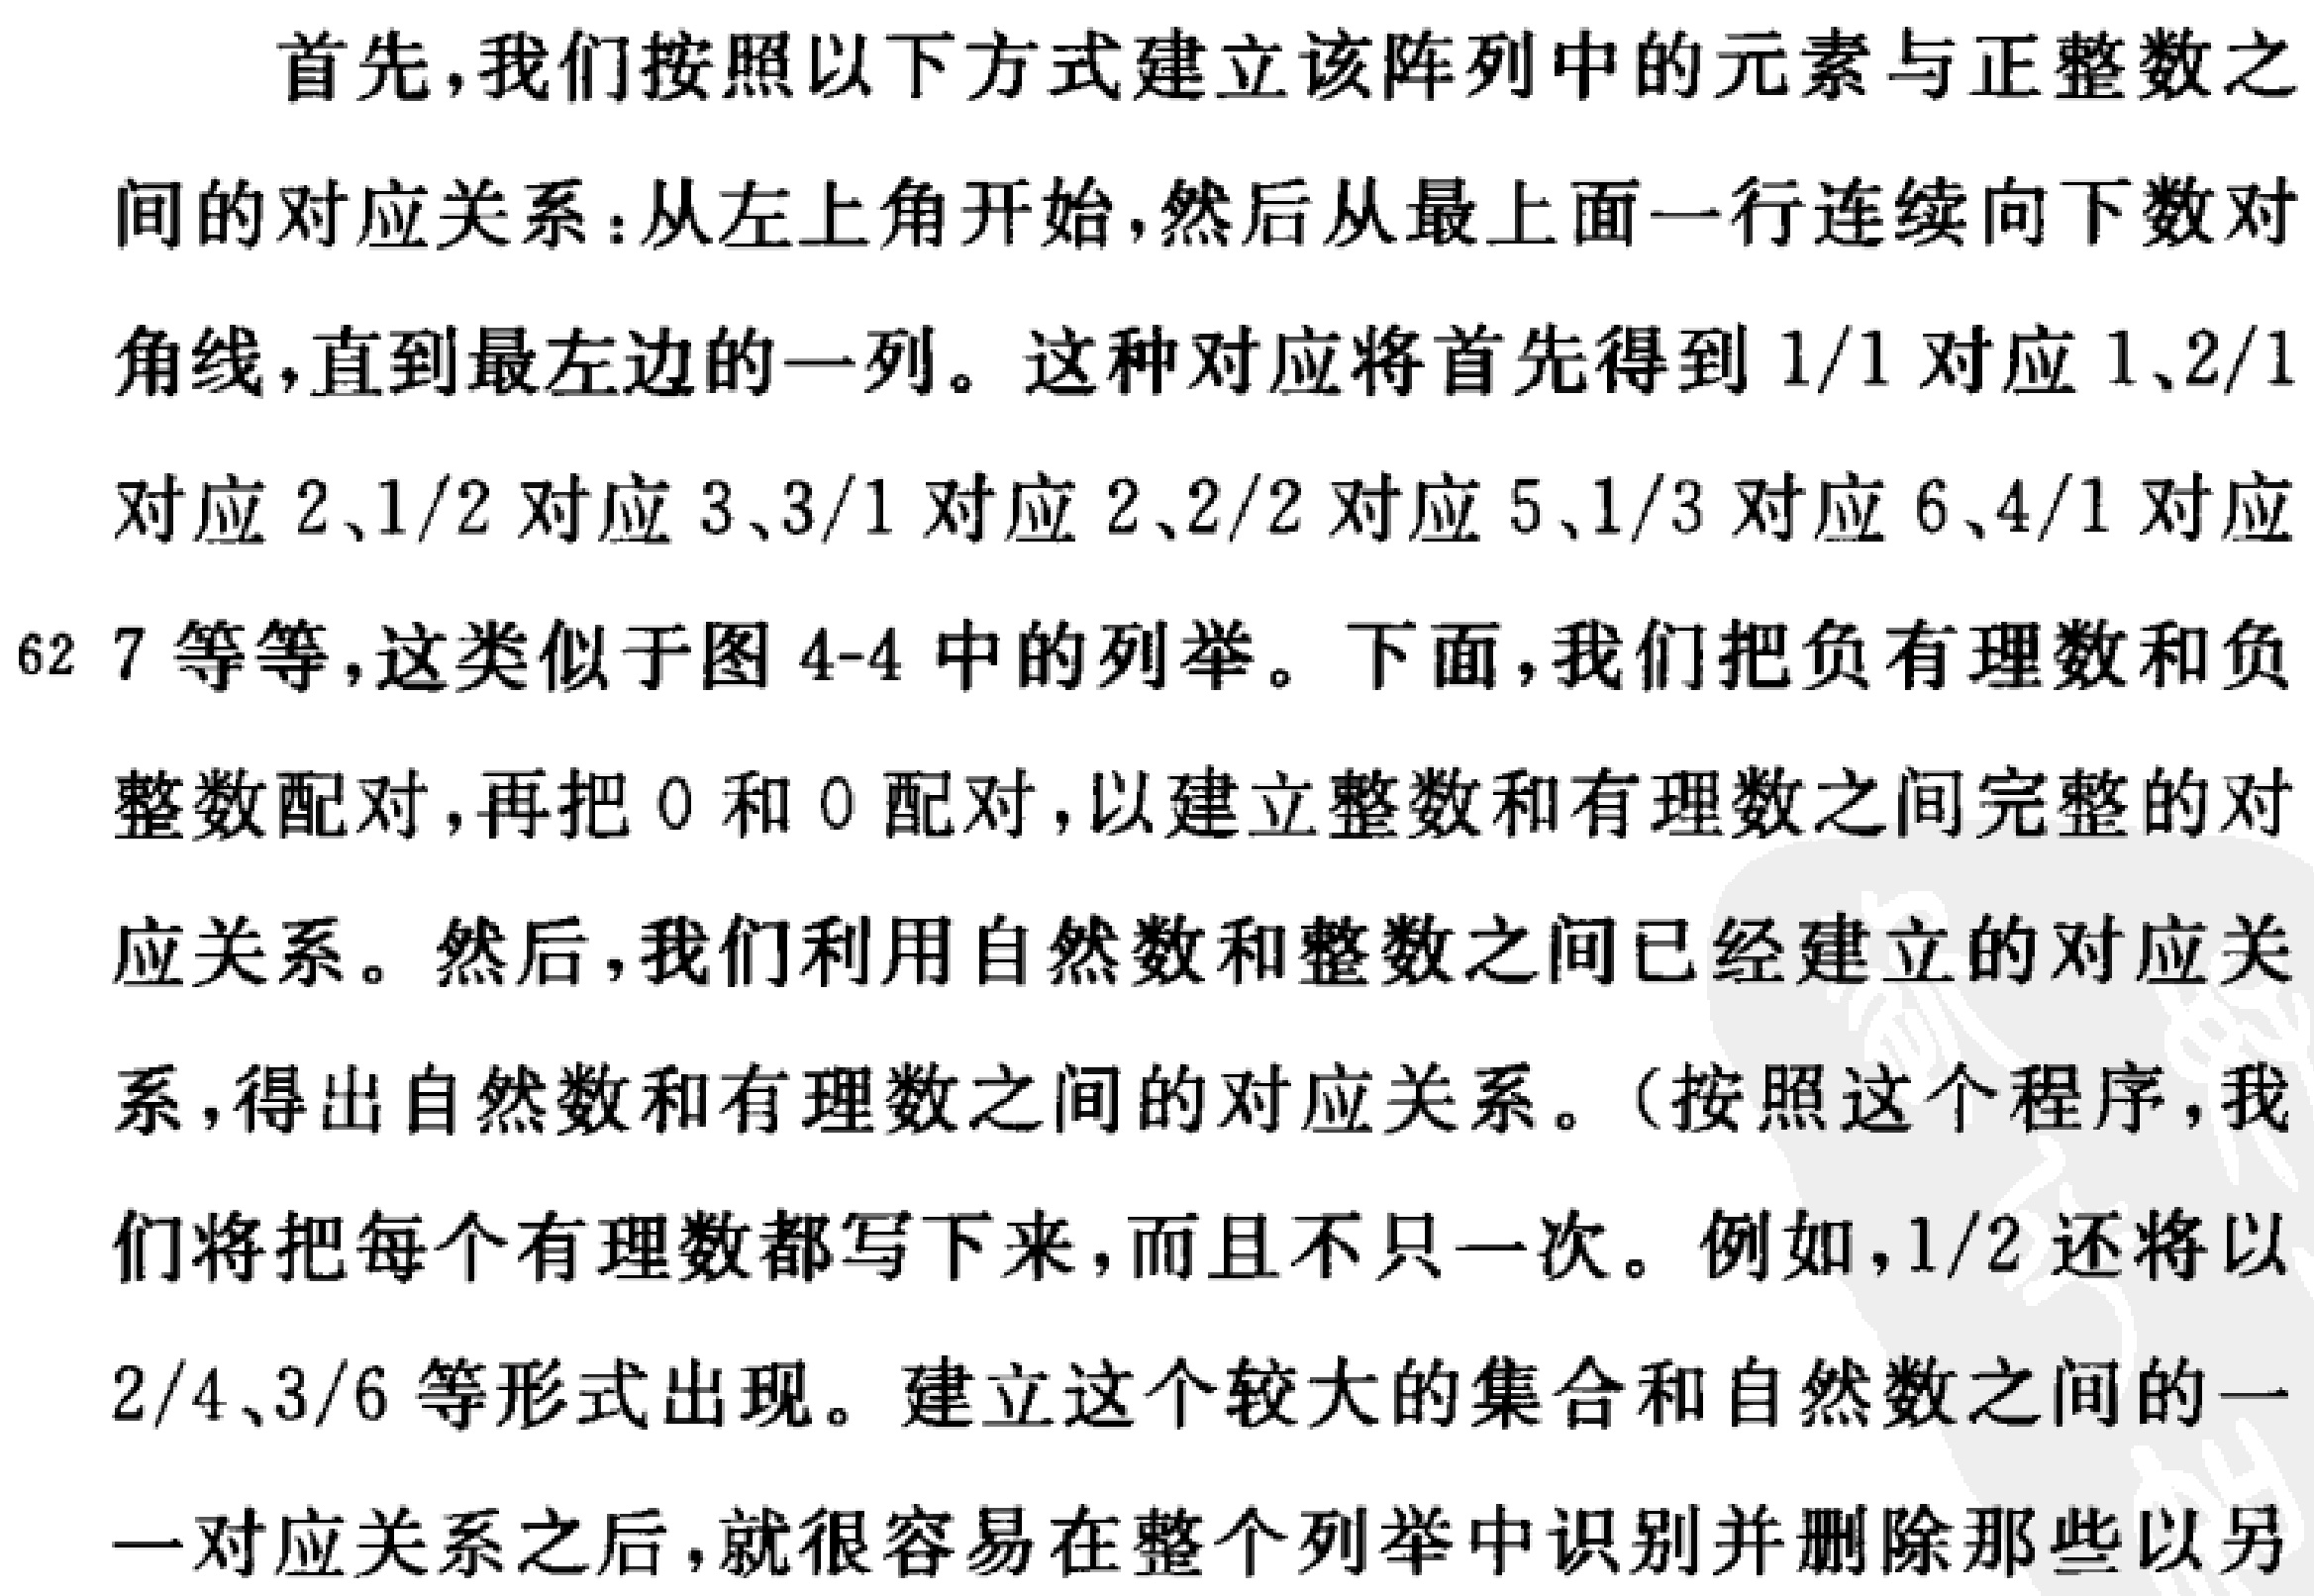
首先，我们按照以下方式建立该阵列中的元素与正整数之间的对应关系：从左上角开始，然后从最上面一行连续向下数对角线，直到最左边的一列。这种对应将首先得到 \(1/1\) 对应 \(1\)、\(2/1\) 对应 \(2\)、\(1/2\) 对应 \(3\)、\(3/1\) 对应 \(4\)、\(2/2\) 对应 \(5\)、\(1/3\) 对应 \(6\)、\(4/1\) 对应 \(7\) 等等，这类似于图 4-4 中的列举。下面，我们把负有理数和负整数配对，再把 \(0\) 和 \(0\) 配对，以建立整数和有理数之间完整的对应关系。然后，我们利用自然数和整数之间已经建立的对应关系，得出自然数和有理数之间的对应关系。（按照这个程序，我们将把每个有理数都写下来，而且不只一次。例如，\(1/2\) 还将以 \(2/4\)、\(3/6\) 等形式出现。建立这个较大的集合和自然数之间的一一对应关系之后，就很容易在整个列举中识别并删除那些以另